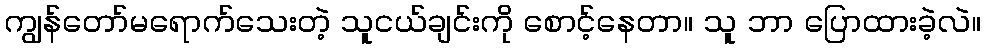
ကျွန်တော်မရောက်သေးတဲ့ သူငယ်ချင်းကို စောင့်နေတာ။ သူ ဘာ ပြောထားခဲ့လဲ။